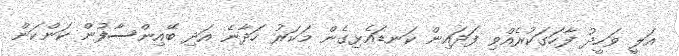
އަލީ ވަހީދު ފާހަގަކުރެއްވި ފަދައިން ކަނޑައެޅިގެން މަކަރު ހަދާނެ އަދި ބޭއިންސާފުން ކަންކަން